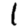
Digit: 1